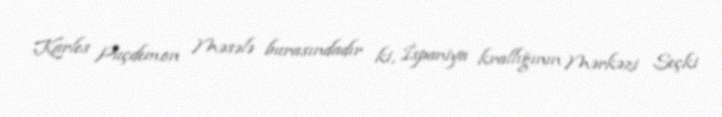
Karles Puçdemon Məsələ burasındadır ki, İspaniya krallığının Mərkəzi Seçki